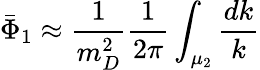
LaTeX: {\bar{\Phi}}_{1}\approx{\frac{1}{m_{D}^{2}}}{\frac{1}{2\pi}}\int_{\mu_{2}}{\frac{dk}{k}}